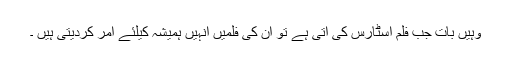
وہیں بات جب فلم اسٹارس کی آتی ہے تو ان کی فلمیں انہیں ہمیشہ کیلئے امر کردیتی ہیں ۔